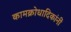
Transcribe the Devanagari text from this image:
कामक्रोधादिकांनीं